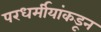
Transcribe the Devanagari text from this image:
परधर्मीयांकडून